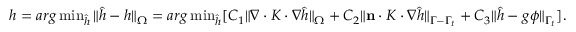
\begin{array} { r } { h = a r g \operatorname* { m i n } _ { \hat { h } } \| \hat { h } - h \| _ { \Omega } = a r g \operatorname* { m i n } _ { \hat { h } } [ C _ { 1 } \| \nabla \cdot K \cdot \nabla \hat { h } \| _ { \Omega } + C _ { 2 } \| \mathbf { n } \cdot K \cdot \nabla \hat { h } \| _ { \Gamma - \Gamma _ { t } } + C _ { 3 } \| \hat { h } - g \phi \| _ { \Gamma _ { t } } ] . } \end{array}